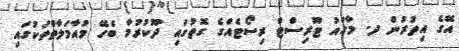
އޭގެ އިތުރުން ދ. މާގައު ޓޫރިސްޓް ރިސޯޓެއްގެ ގޮތުގައި ދޫކުރުމާ ބެހޭ މުއާމަލާތްތަކުގައި